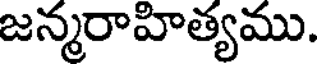
జన్మరాహిత్యము.